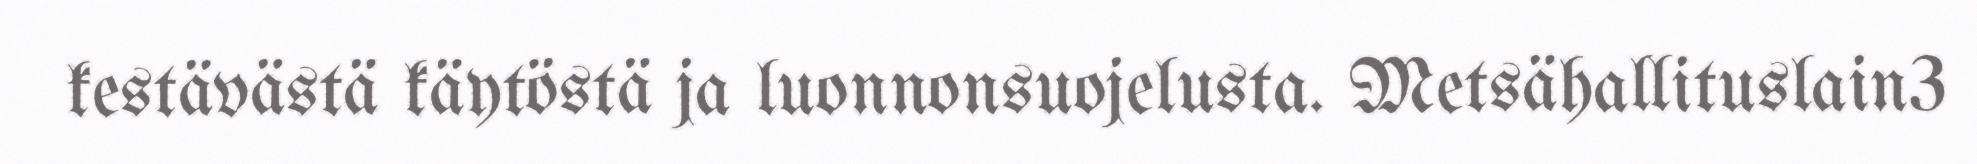
kestävästä käytöstä ja luonnonsuojelusta. Metsähallituslain3